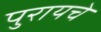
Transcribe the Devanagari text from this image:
पुरायचे